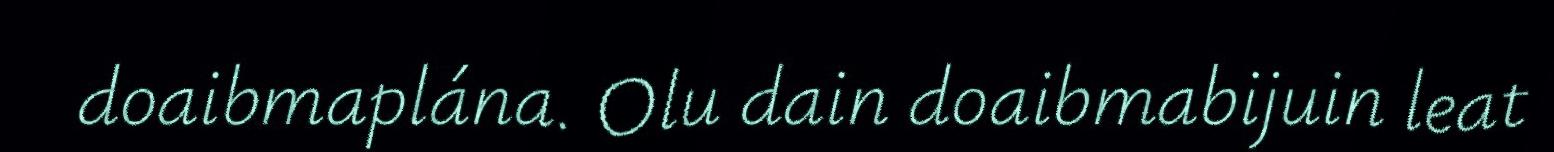
doaibmaplána. Olu dain doaibmabijuin leat